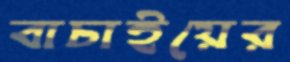
বাচাইয়ের